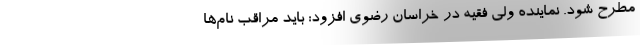
مطرح شود. نماینده ولی فقیه در خراسان رضوی افزود: باید مراقب نام‌ها